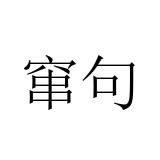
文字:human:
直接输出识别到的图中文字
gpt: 窜句